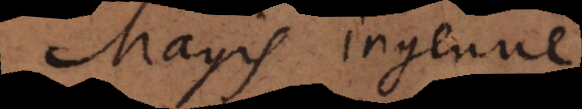
Magis ingenue